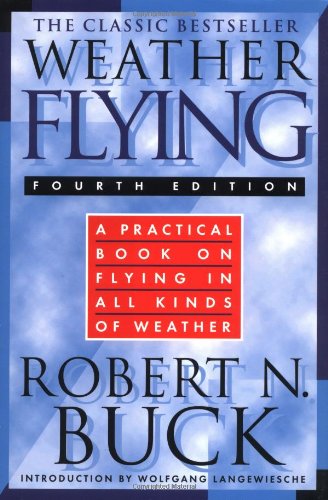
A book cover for Weather Flying; Robert Buck; Sports & Outdoors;